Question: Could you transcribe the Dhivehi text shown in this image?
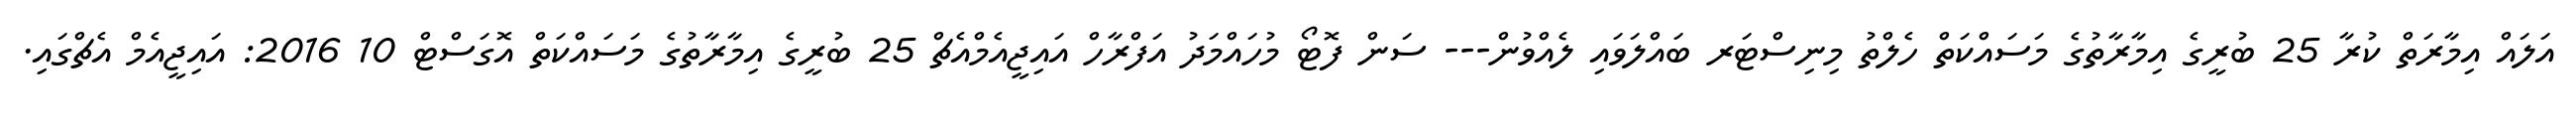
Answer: އަލައް އިމާރަތް ކުރާ 25 ބުރީގެ އިމާރާތުގެ މަސައްކަތް ހެލްތު މިނިސްޓަރ ބައްލަވައި ލެއްވުން--- ސަން ފޮޓޯ މުހައްމަދު އަފްރާހް އައިޖީއެމްއެޗް 25 ބުރީގެ އިމާރާތުގެ މަސައްކަތް އޮގަސްޓް 10 2016: އައިޖީއެމް އެޗްގައި.